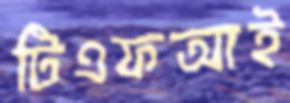
টিএফআই